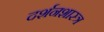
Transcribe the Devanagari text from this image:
दर्शनशास्‍त्र